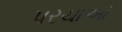
પરચાઓ